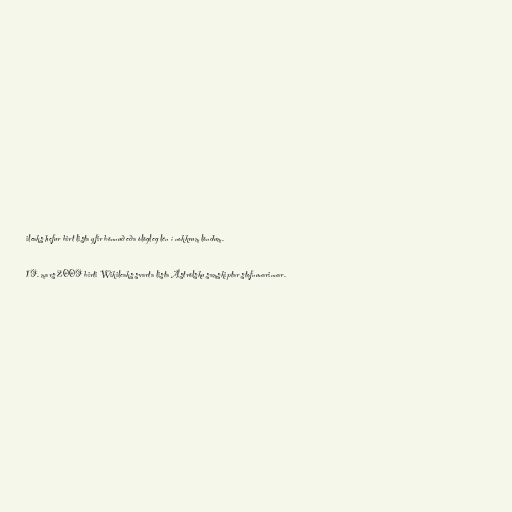
ileaks hefur birt lista yfir bönnuð eða ólögleg lén í nokkrum löndum.

19. mars 2009 birti Wikileaks svarta lista Áströlsku samskiptar stofnunarinnar.